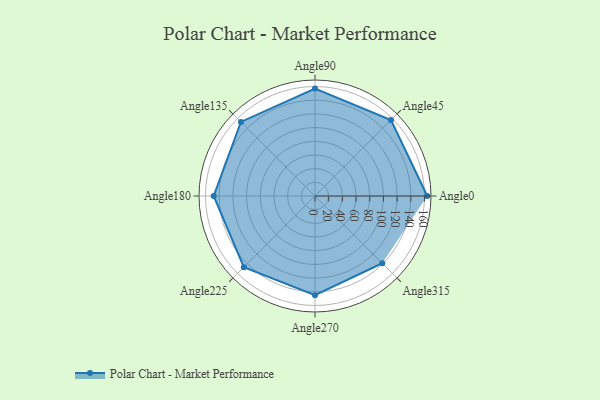
{"axis": {"x": "Angle", "y": "Radius"}, "legend": [""], "data": [{"x": "Angle0", "y": 164.0, "type": ""}, {"x": "Angle45", "y": 157.0, "type": ""}, {"x": "Angle90", "y": 157.0, "type": ""}, {"x": "Angle135", "y": 153.0, "type": ""}, {"x": "Angle180", "y": 148.0, "type": ""}, {"x": "Angle225", "y": 147.0, "type": ""}, {"x": "Angle270", "y": 145.0, "type": ""}, {"x": "Angle315", "y": 139.0, "type": ""}]}